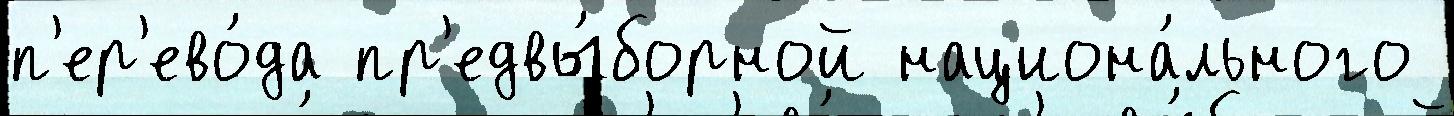
п'ер'ево́да пр'едвы́борной национа́льного